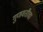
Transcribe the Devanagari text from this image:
गुणवतीचा